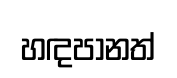
හඳපානත්